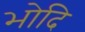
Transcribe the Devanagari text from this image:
भोदि